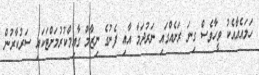
ހަމައެއާއެކު ވީހާވެސް ގިނަ ރަށެއްގައި ނަރުދަމާ އާއި ފެނުގެ ނިޒާމް ގާއިމްކުރުމަށްޓަކައި ސަރުކާރުން